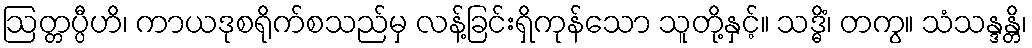
ဩတ္တပ္ပီဟိ၊ ကာယဒုစရိုက်စသည်မှ လန့်ခြင်းရှိကုန်သော သူတို့နှင့်။ သဒ္ဓိံ၊ တကွ။ သံသန္ဒန္တိ၊